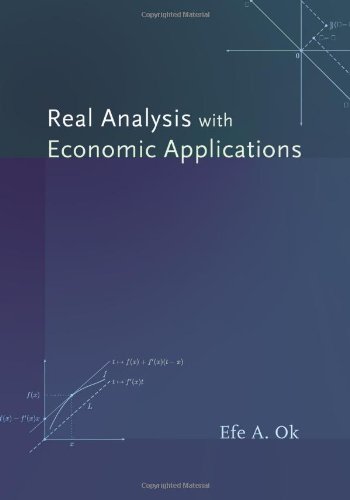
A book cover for Real Analysis with Economic Applications; Efe A. Ok; Science & Math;